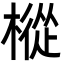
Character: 樅